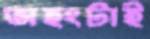
অহংটাই